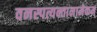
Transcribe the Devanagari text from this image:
वनस्पत्यन्तानामेकम्